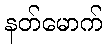
နတ်မောက်